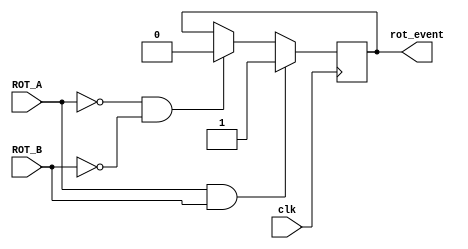
`timescale 1ns / 1ps
//////////////////////////////////////////////////////////////////////////////////
// Company: 
// Engineer: 
// 
// Design Name: 
// Module Name:    rotary 
// Project Name: 
// Target Devices: 
// Tool versions: 
// Description: 
//
// Dependencies: 
//
// Revision: 
// Revision 0.01 - File Created
// Additional Comments: 
//

module rotary(clk, ROT_A, ROT_B, rot_event);
	input clk, ROT_A, ROT_B;
	output rot_event;
	reg rot_event;

	always@(posedge clk) begin
		if(ROT_A == 1 & ROT_B == 1) begin
			rot_event <= 1;
		end
		else if(ROT_A == 0 & ROT_B == 0) begin
			rot_event <= 0;
		end
	end
endmodule